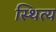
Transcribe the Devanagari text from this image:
स्थित्य